Indian journal of veterinary science and animal husbandry - Volume 13,
Year: 1943
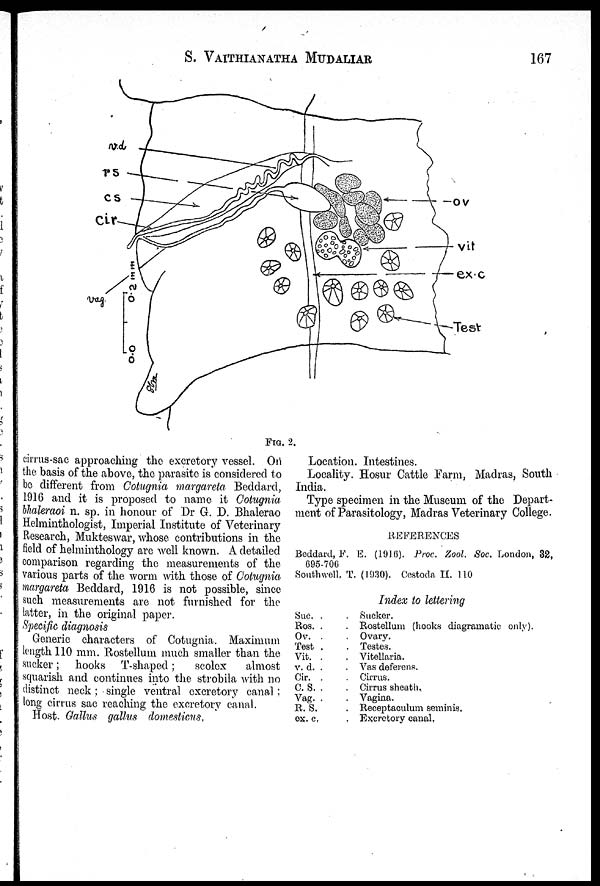
S. VAITHIANATHA MUDALIAR 167
FIG. 2.
cirrus-sac approaching the excretory vessel. On
the basis of the above, the parasite is considered to
be different from Cotugnia margareta Beddard,
1916 and it is proposed to name it Cotugnia
bhaleraoi n. sp. in honour of Dr G. D. Bhalerao
Helminthologist, Imperial Institute of Veterinary
Research, Mukteswar, whose contributions in the
field of helminthology are well known. A detailed
comparison regarding the measurements of the
various parts of the worm with those of Cotugnia
margareta Beddard, 1916 is not possible, since
such measurements are not furnished for the
latter, in the original paper.
Specific diagnosis
Generic characters of Cotugnia. Maximum
length 110 mm. Rostellum much smaller than the
sucker ; hooks T-shaped;
scolex
almost
squarish and continues into the strobila with no
distinct neck; single ventral excretory canal:
long cirrus sac reaching the excretory canal.
Host. Gallus gallus domesticus.
Location. Intestines.
Locality. Hosur Cattle Farm, Madras, South
India.
Type specimen in the Museum of the Depart-
ment of Parasitology, Madras Veterinary College.
REFERENCES
Beddard, F. E. (1916). Proc. Zool. Soc. London, 32,
695-706
Southwell. T. (1930). Cestoda II. 110
Index to lettering
Suc. . .
Ros. . .
Ov. . .
Test . .
Vit. . .
v. d. . .
Cir. . .
C. S. . .
Vag. . .
R. S. .
ex. c. .
Sucker.
Rostellum (hooks diagramatic only).
Ovary.
Testes.
Vitellaria.
Vas deferens.
Cirrus.
Cirrus sheath.
Vagina.
Receptaculum seminis.
Excretory canal.